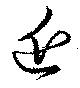
近